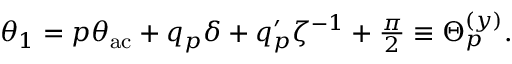
\begin{array} { r } { \theta _ { 1 } = p \theta _ { \mathrm { a c } } + q _ { p } \delta + q _ { p } ^ { \prime } \zeta ^ { - 1 } + \frac { \pi } { 2 } \equiv \Theta _ { p } ^ { ( y ) } . } \end{array}